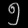
Digit: ၅